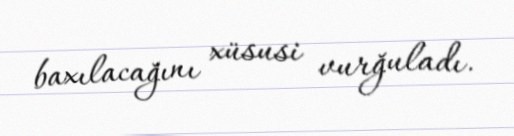
baxılacağını xüsusi vurğuladı.